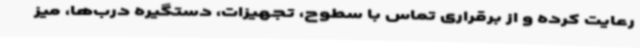
رعایت کرده و از برقراری تماس با سطوح، تجهیزات، دستگیره درب‌ها، میز